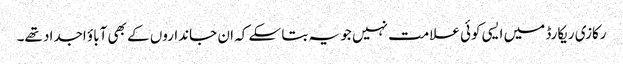
رکازی ریکارڈ میں ایسی کوئی علامت نہیں جو یہ بتا سکے کہ ان جانداروں کے بھی آباؤ اجداد تھے۔